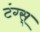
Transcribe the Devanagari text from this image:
टंग्स्